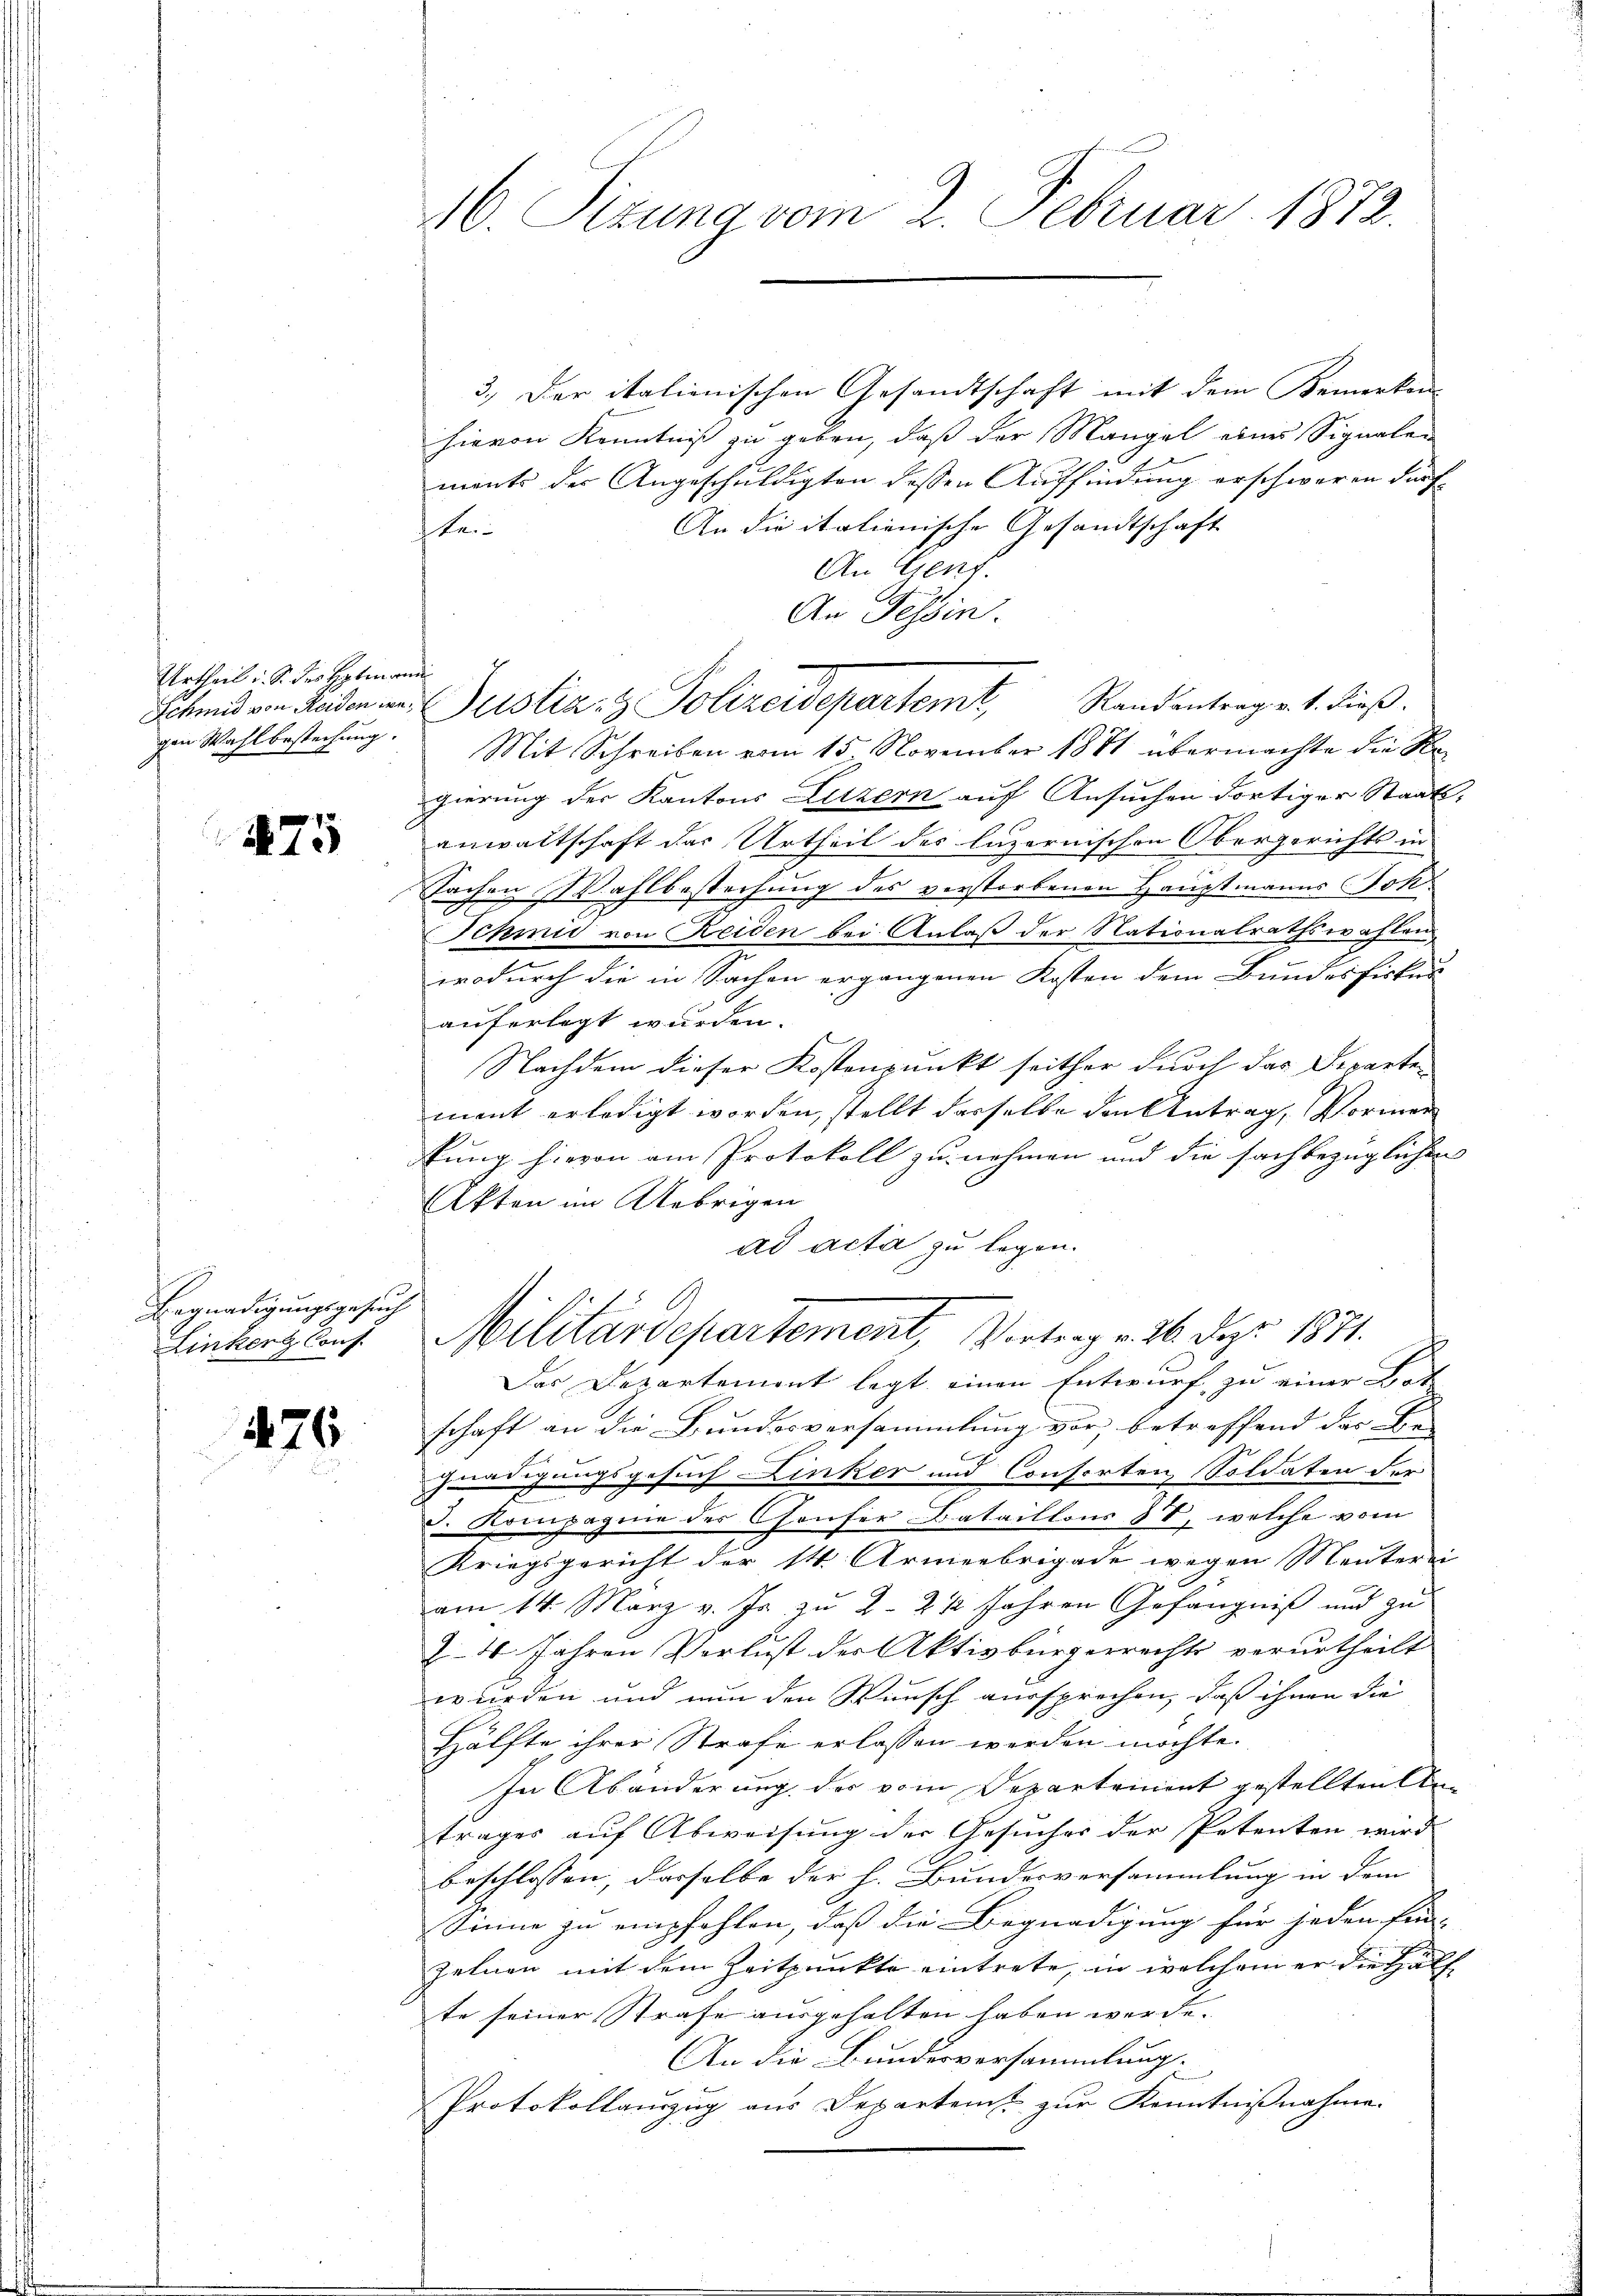
Urtheil i. S. des Hybmann
gen Wahl bestechung.

175

Begnadigungsgesuch
Linker Conf.

176

16. Sizung vom 2. Februar 1872.

3.) Der italienischen Gesandtschaft mit dem Bemerken
hievon Kenntniß zu geben, daß der Mangel eines Signalen
ments der Angeschuldigten dessen Auffindung erschweren dürf
An die italienische Gesandtschaft
te
An Genf.
An Tessin.
Mit Schreiben vom 15. November 1871 übermachte die Regierung der Kantons Luzern auf Ansuchen dortiger Staats
anwaltschaft das Urtheil des luzernischen Obergerichts in
Sachen Wahlbestechung des verstorbenen Hauptmanns Joh
Schmid von Reiden bei Anlaß der Nationalrathswahlen,
wodurch die in Sachen ergangenen Kosten dem Bundesfiskur
auferlegt wurden.
Nachdem dieser Kostenpunkt seither durch das Departen
ment erledigt worden, stellt derselbe den Antrag, Vormen
ung hievon am Protokoll zu nehmen und die fachbezüglichen
Akten im Uebrigen
ad acta zu legen.
Militärdepartement, Vortrag v. 26. Dez. 1871.
Das Departement legt einen Entwurf zu einer Bot
schaft an die Bundesversammlung vor, betreffend das Be
b
gnadigungsgesuch Linker und Consorten Soldaten der
3. Kompagnie des Confer Bataillons 87, welche vom
Kriegsgericht der 14. Armeebrigade wegen Mentern
am 14. März v. Js. zu 2 - 2 ½ Jahren Gefängniß und zu
Z. 4. Jahren Verlust der Aktivbürgerrechts verurtheilt
wurden und nun den Wunsch aussprochen, daß ihnen die
Hälfte ihrer Strafe erlassen werden möchte.
In Abänderung der vom Departement gestellten Antrages auf Abweisung der Gesuches der Petenten wird
beschlossen, dasselbe der h. Bundesversammlung in dem
Sinne zu empfohlen, daß die Begnadigung für jeden Ein-
zelnen mit dem Zeitpunkte eintrete, in welchem er die Hälf
te seiner Strafe ausgehalten haben werde.
An die Bundesversammlung.
Protokollauszug aus Departent zur Kenntnißnahme.

Schmid von haben in Justiz- & Polizeidepartemt, Randantrag v. 1. dieß.